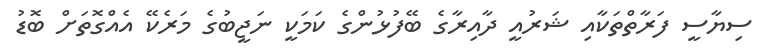
ސިޔާސީ ފަރާތްތަކާއި ޝަރުއީ ދާއިރާގެ ބޭފުޅުންގެ ކަމަކީ ނަޖީބުގެ މަރެކޭ އެއްގޮތަށް ބޮޑު